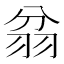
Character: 𦐈